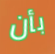
بأن